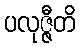
ပလုဇ္ဇီတိ